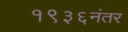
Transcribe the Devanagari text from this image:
१९३६नंतर